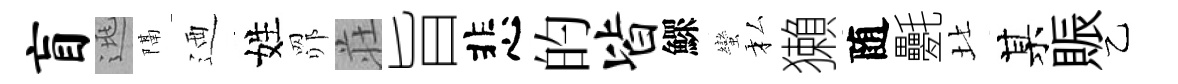
盲逃隔迺姓𦊑荘旨悲的皆鰥蠻私獺随氎北某賑乙